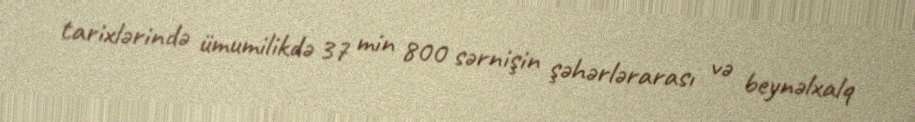
tarixlərində ümumilikdə 37 min 800 sərnişin şəhərlərarası və beynəlxalq